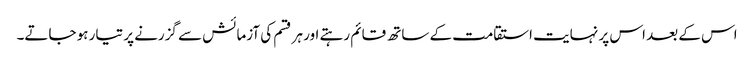
اس کے بعد اس پر نہایت استقامت کے ساتھ قائم رہتے اور ہر قسم کی آزمائش سے گزرنے پر تیار ہو جاتے۔